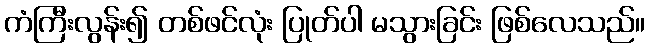
ကံကြီးလွန်း၍ တစ်ဖင်လုံး ပြုတ်ပါ မသွားခြင်း ဖြစ်လေသည်။